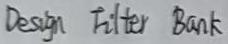
Design Filter Bank